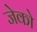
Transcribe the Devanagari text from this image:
जेको